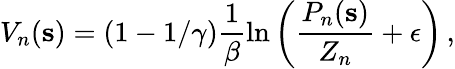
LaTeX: V_{n}(\mathbf{s})=(1-1/\gamma)\frac{1}{\beta}\ln\left(\frac{P_{n}(\mathbf{s})}{Z_{n}}+\epsilon\right)\, ,